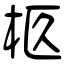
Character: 柩